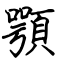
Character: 顎